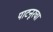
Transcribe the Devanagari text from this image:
पाटनूरचा